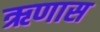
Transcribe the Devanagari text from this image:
ऋणास